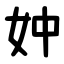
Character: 妕